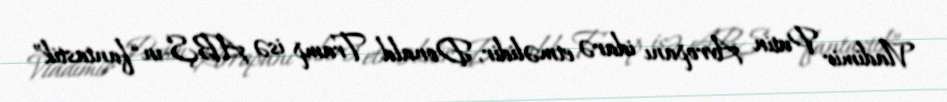
Vladimir Putin Avropanı idarə etməlidir, Donald Tramp isə ABŞ-ın “fantastik”